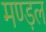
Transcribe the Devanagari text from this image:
मण्ड़ल